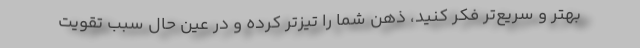
بهتر و سریع‌تر فکر کنید، ذهن شما را تیزتر کرده و در عین حال سبب تقویت